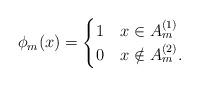
LaTeX: \begin{align*}\phi_m(x) = \begin{cases} 1 & x\in A_m^{(1)} \\ 0 & x\notin A_m^{(2)}.\end{cases}\end{align*}